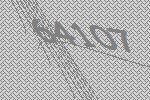
64107